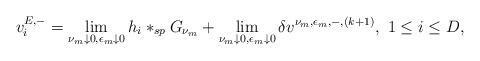
LaTeX: \begin{align*}v^{E,-}_i=\lim_{\nu_m\downarrow 0,\epsilon_m\downarrow 0} h_i\ast_{sp}G_{\nu_m}+\lim_{\nu_m\downarrow 0,\epsilon_m\downarrow 0}\delta v^{\nu_m,\epsilon_m,-,(k+1)},~ 1\leq i\leq D,\end{align*}